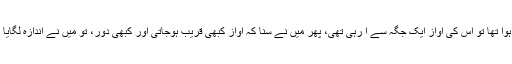
اس نے جواب دیا: اس کے بھونکنے سے، جب وہ بندھا ہوا تھا تو اُس کی آواز ایک جگہ سے آ رہی تھی، پھر میں نے سنا کہ آواز کبھی قریب ہوجاتی اور کبھی دور، تو میں نے اندازہ لگایا کہ یہ کتا اب آزاد ہے اور چلتے پھرتے بھونک رہا ہے۔